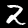
Label: 2